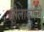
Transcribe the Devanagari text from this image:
लीलाबाईंचे